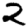
Digit: 2